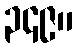
၃၄၉။